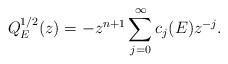
LaTeX: \begin{align*}Q_E^{1/2}(z) &= -z^{n+1}\sum_{j=0}^\infty c_j(E)z^{-j}.\end{align*}